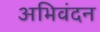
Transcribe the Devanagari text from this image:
अभिवंदन